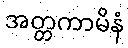
အတ္တကာမိနံ